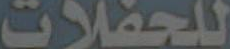
للحفلات